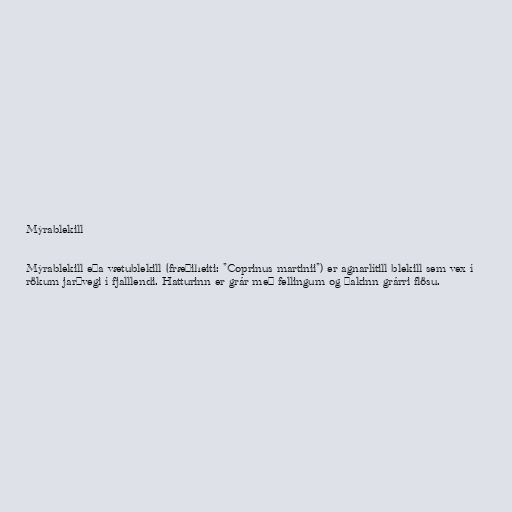
Mýrablekill

Mýrablekill eða vætublekill (fræðiheiti: "Coprinus martinii") er agnarlítill blekill sem vex í
rökum jarðvegi í fjalllendi. Hatturinn er grár með fellingum og þakinn grárri flösu.